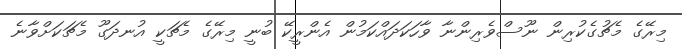
މިރޭގެ މެޗުގެކުރިން ނޫސްވެރިންނާ ވާހަކަދައްކަމުން އެންރީކޭ ބުނީ މިރޭގެ މެޗަކީ އުނދަގޫ މެޗަކަށްވާނެ